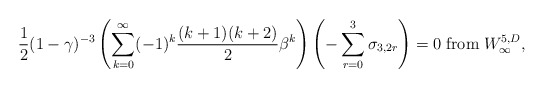
\begin{align*}{1\over 2}(1-\gamma)^{-3}\left(\sum_{k=0}^{\infty}(-1)^{k}{(k+1)(k+2)\over 2}\beta^{k}\right)\left(-\sum_{r=0}^{3}\sigma_{3,2r}\right)=0 \;{\rm from} \; W_{\infty}^{5,D},\end{align*}